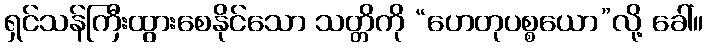
ရှင်သန်ကြီးထွားစေနိုင်သော သတ္တိကို “ဟေတုပစ္စယော”လို့ ခေါ်။